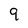
Character: 9